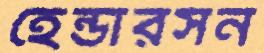
হেন্ডারসন